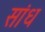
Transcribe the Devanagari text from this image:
सांध